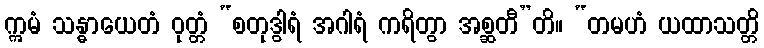
ဣမံ သန္ဓာယေတံ ဝုတ္တံ “စတုဒွါရံ အဂါရံ ကရိတွာ အစ္ဆတီ”တိ။ “တမဟံ ယထာသတ္တိ